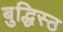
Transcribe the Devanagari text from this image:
बुद्धिस्ठ